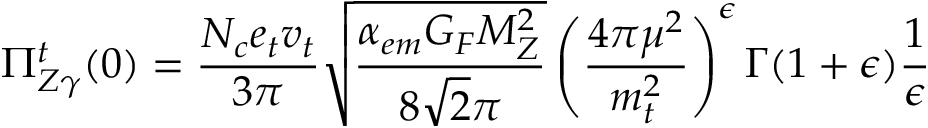
\Pi _ { Z \gamma } ^ { t } ( 0 ) = \frac { N _ { c } e _ { t } v _ { t } } { 3 \pi } \sqrt { \frac { \alpha _ { e m } G _ { F } M _ { Z } ^ { 2 } } { 8 \sqrt 2 \pi } } \left( \frac { 4 \pi \mu ^ { 2 } } { m _ { t } ^ { 2 } } \right) ^ { \epsilon } \Gamma ( 1 + \epsilon ) \frac { 1 } { \epsilon }